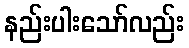
နည်းပါးသော်လည်း